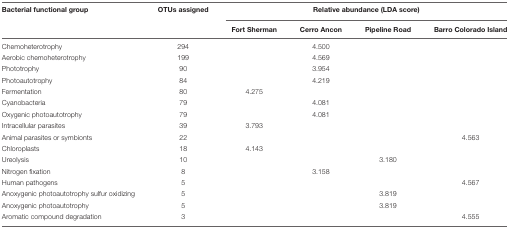
| Bacterial functional group | OTUs assigned | <COLSPAN=4> Relative abundance (LDA score) |
 |  |  | Fort Sherman | Cerro Ancon | Pipeline Road | Barro Colorado Island |
 | --- | --- | --- | --- | --- | --- |
 | Chemoheterotrophy | 294 |  | 4.500 |  |  |
 | Aerobic chemoheterotrophy | 199 |  | 4.569 |  |  |
 | Phototrophy | 90 |  | 3.954 |  |  |
 | Photoautotrophy | 84 |  | 4.219 |  |  |
 | Fermentation | 80 | 4.275 |  |  |  |
 | Cyanobacteria | 79 |  | 4.081 |  |  |
 | Oxygenic photoautotrophy | 79 |  | 4.081 |  |  |
 | Intracellular parasites | 39 | 3.793 |  |  |  |
 | Animal parasites or symbionts | 22 |  |  |  | 4.563 |
 | Chloroplasts | 18 | 4.143 |  |  |  |
 | Ureolysis | 10 |  |  | 3.180 |  |
 | Nitrogen fixation | 8 |  | 3.158 |  |  |
 | Human pathogens | 5 |  |  |  | 4.567 |
 | Anoxygenic photoautotrophy sulfur oxidizing | 5 |  |  | 3.819 |  |
 | Anoxygenic photoautotrophy | 5 |  |  | 3.819 |  |
 | Aromatic compound degradation | 3 |  |  |  | 4.555 |